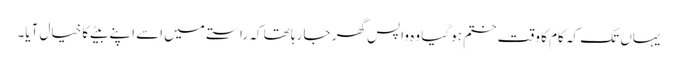
یہاں تک کہ کام کا وقت ختم ہو گیا وہ واپس گھر جا رہا تھا کہ راستے میں اسے اپنے بیٹے کا خیال آیا۔